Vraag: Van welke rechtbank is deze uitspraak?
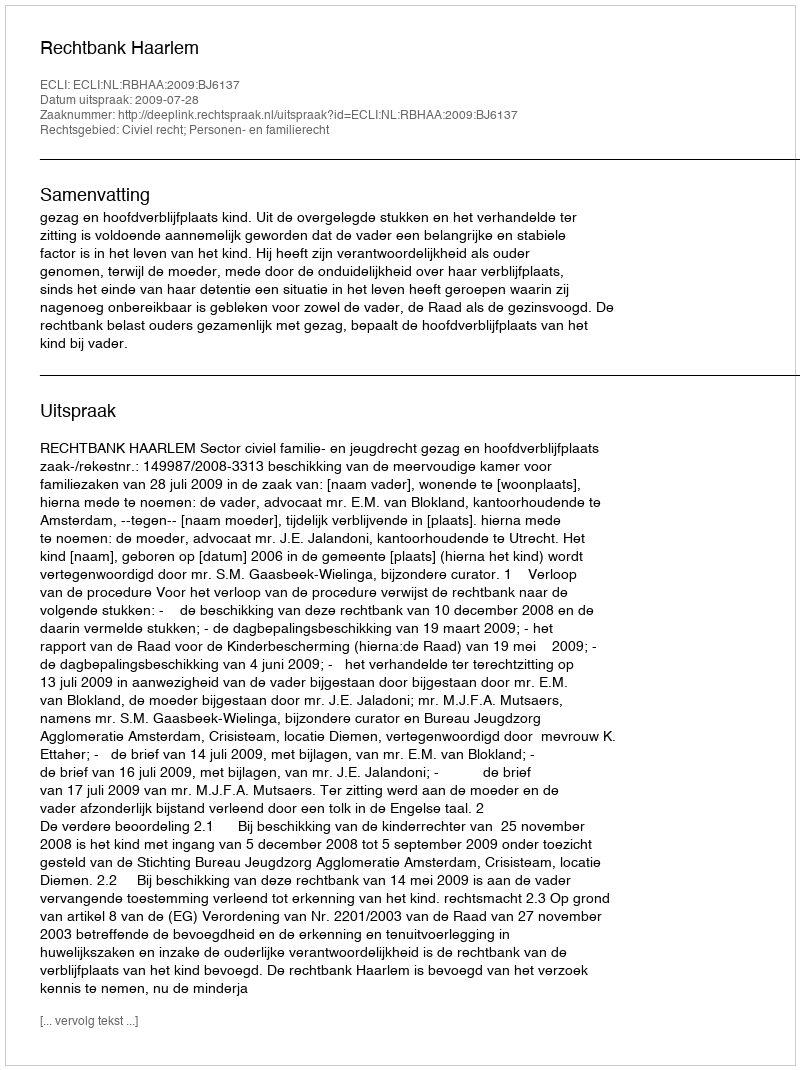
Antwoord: Rechtbank Haarlem